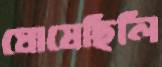
ঘোষেছিলি